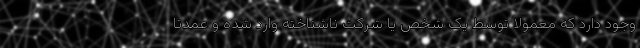
وجود دارد که معمولا توسط یک شخص یا شرکت ناشناخته وارد شده و عمدتا